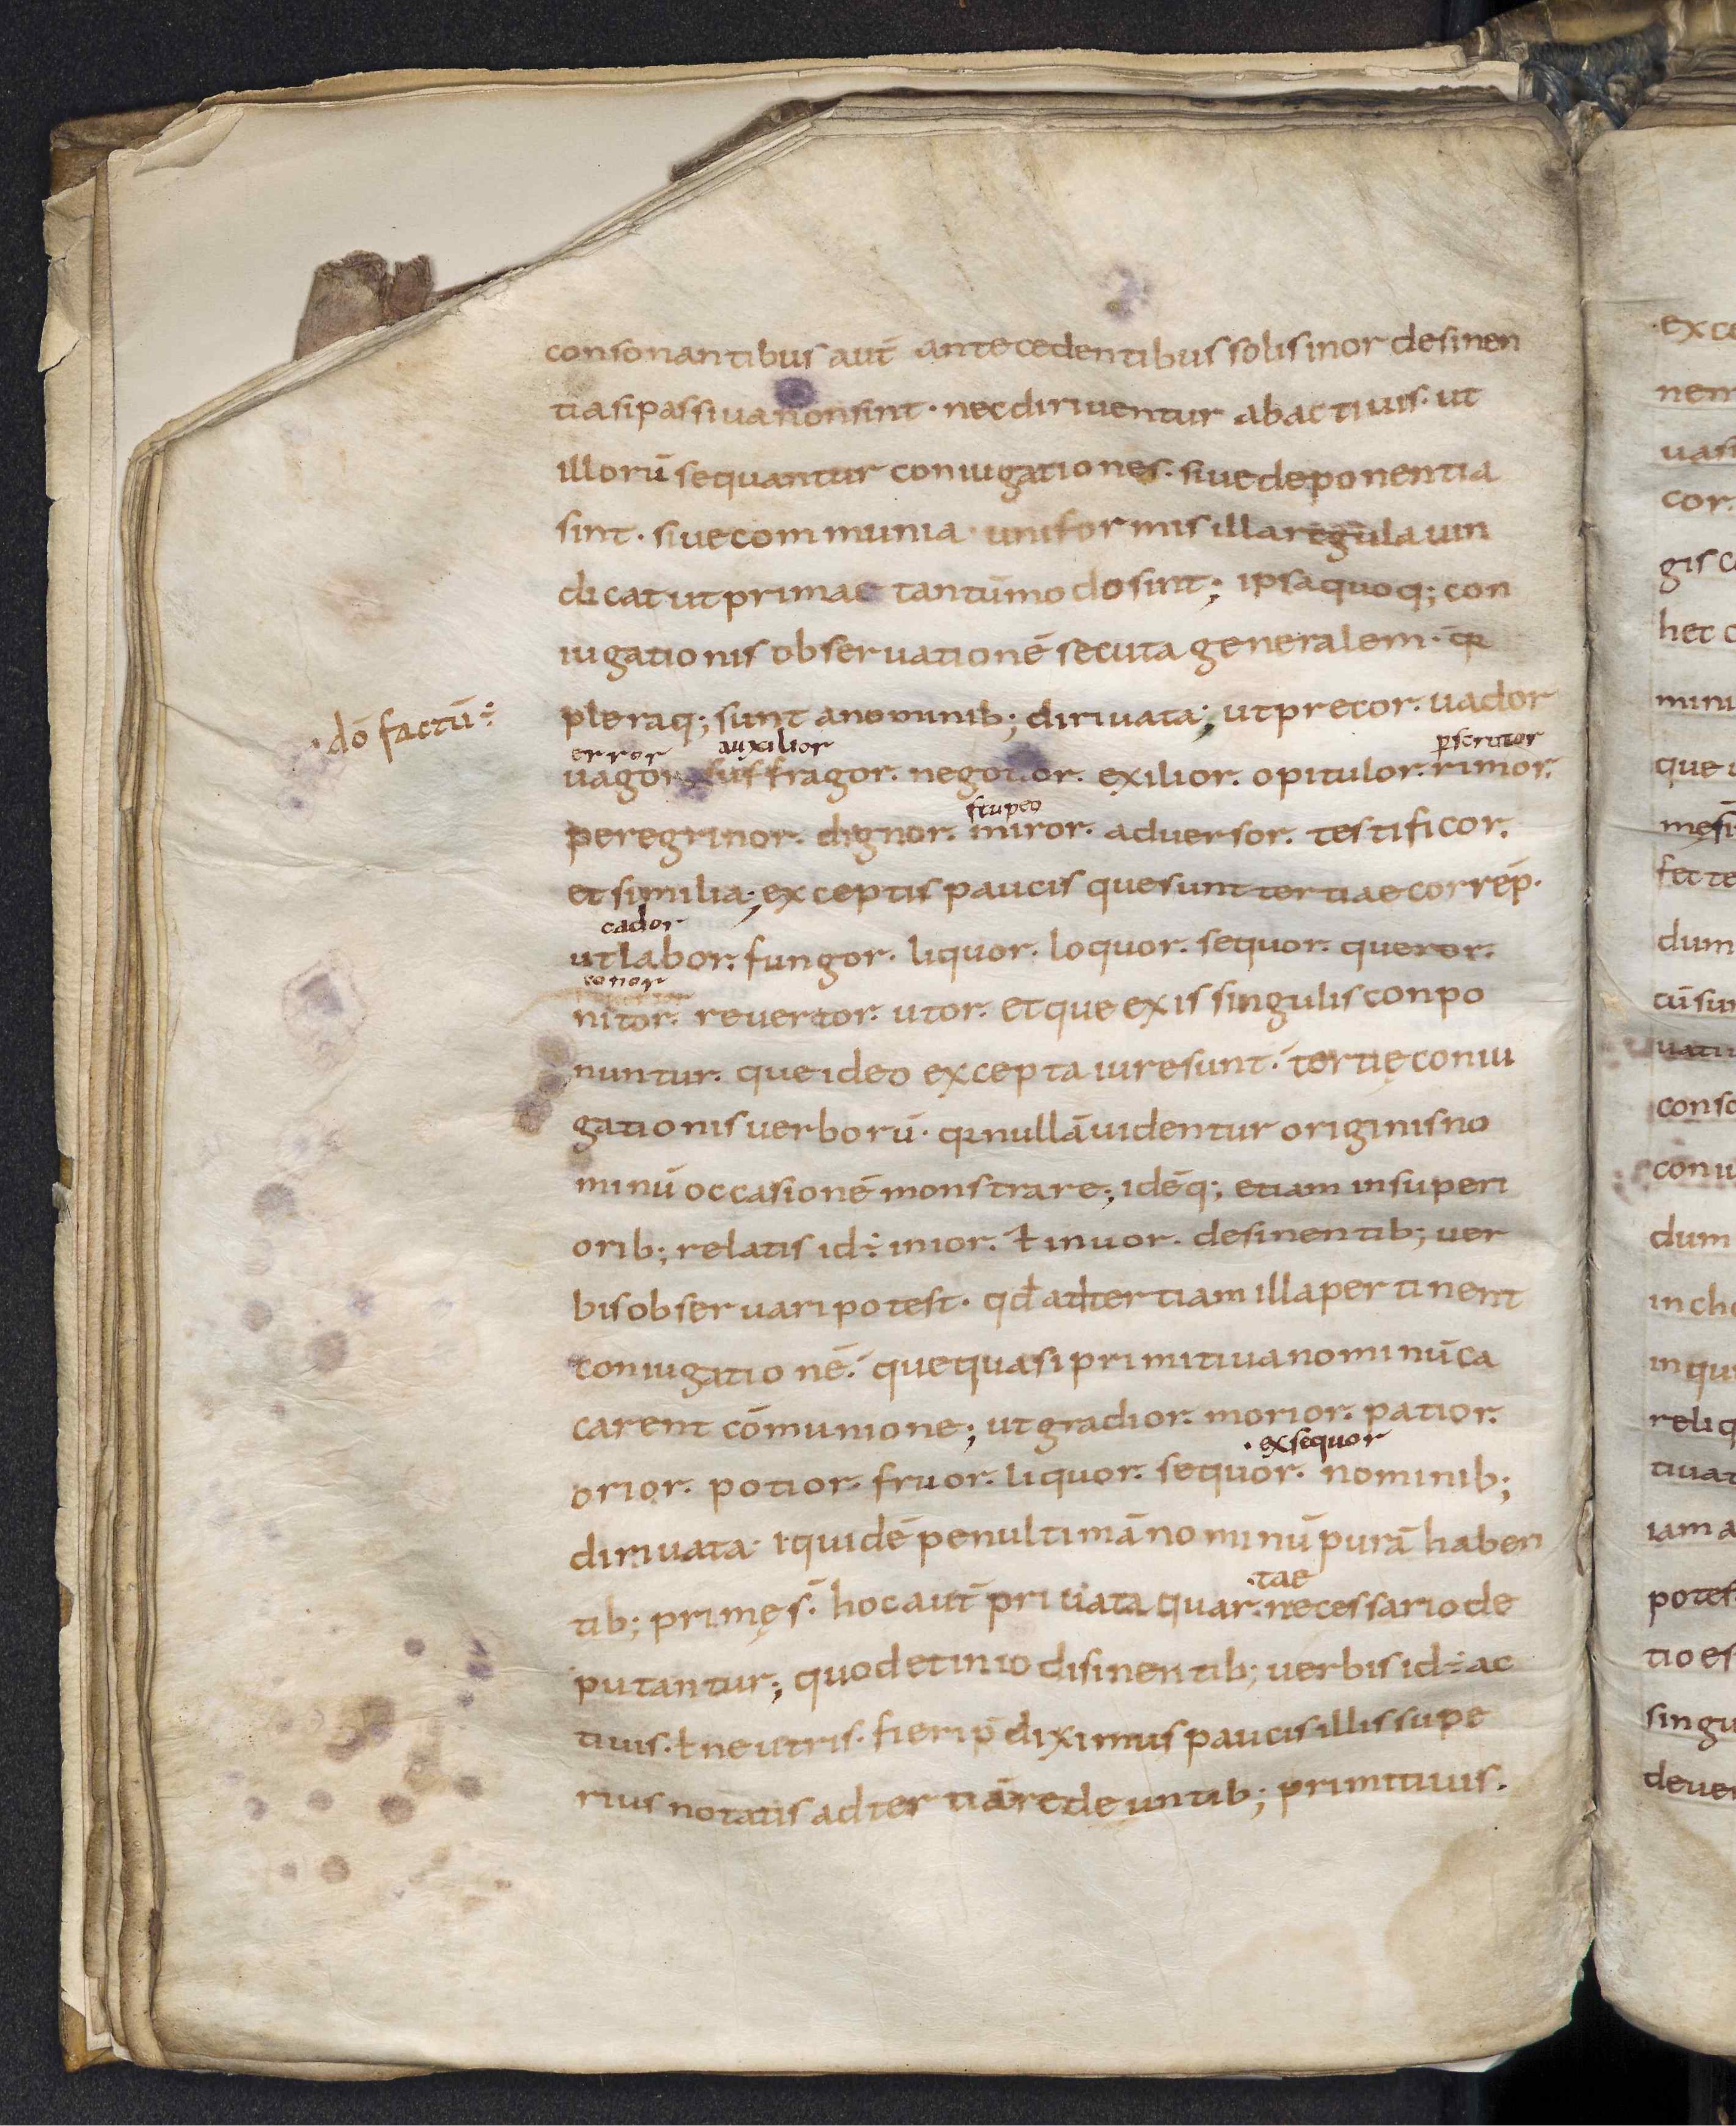
Shelfmark: Leiden, Bibliotheek der Rijksuniversiteit, Voss. Lat. O 41
Century: 9